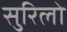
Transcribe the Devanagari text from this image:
सुरिलो